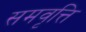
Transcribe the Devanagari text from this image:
समवृत्ति